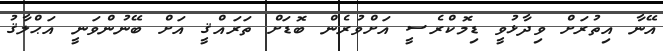
އޭނާ އިތުރަށް ވިދާޅުވީ ޑިމޮކްރެސީ އަށްވުރެން ބޮޑަށް ތަރައްޤީ އަށް ބޭނުންވަނީ އަޙްލާޤު